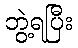
ဘွဲ့ရပြီး